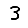
Digit: 3